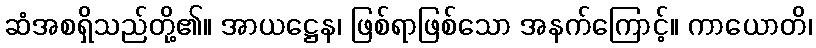
ဆံအစရှိသည်တို့၏။ အာယဋ္ဌေန၊ ဖြစ်ရာဖြစ်သော အနက်ကြောင့်။ ကာယောတိ၊